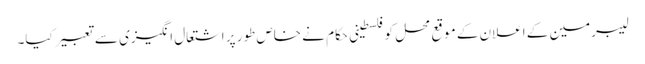
لیبرمین کے اعلان کے موقع محل کوفلسطینی حکام نے خاص طور پر اشتعال انگیزی سے تعبیر کیا۔